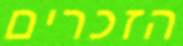
הזכרים